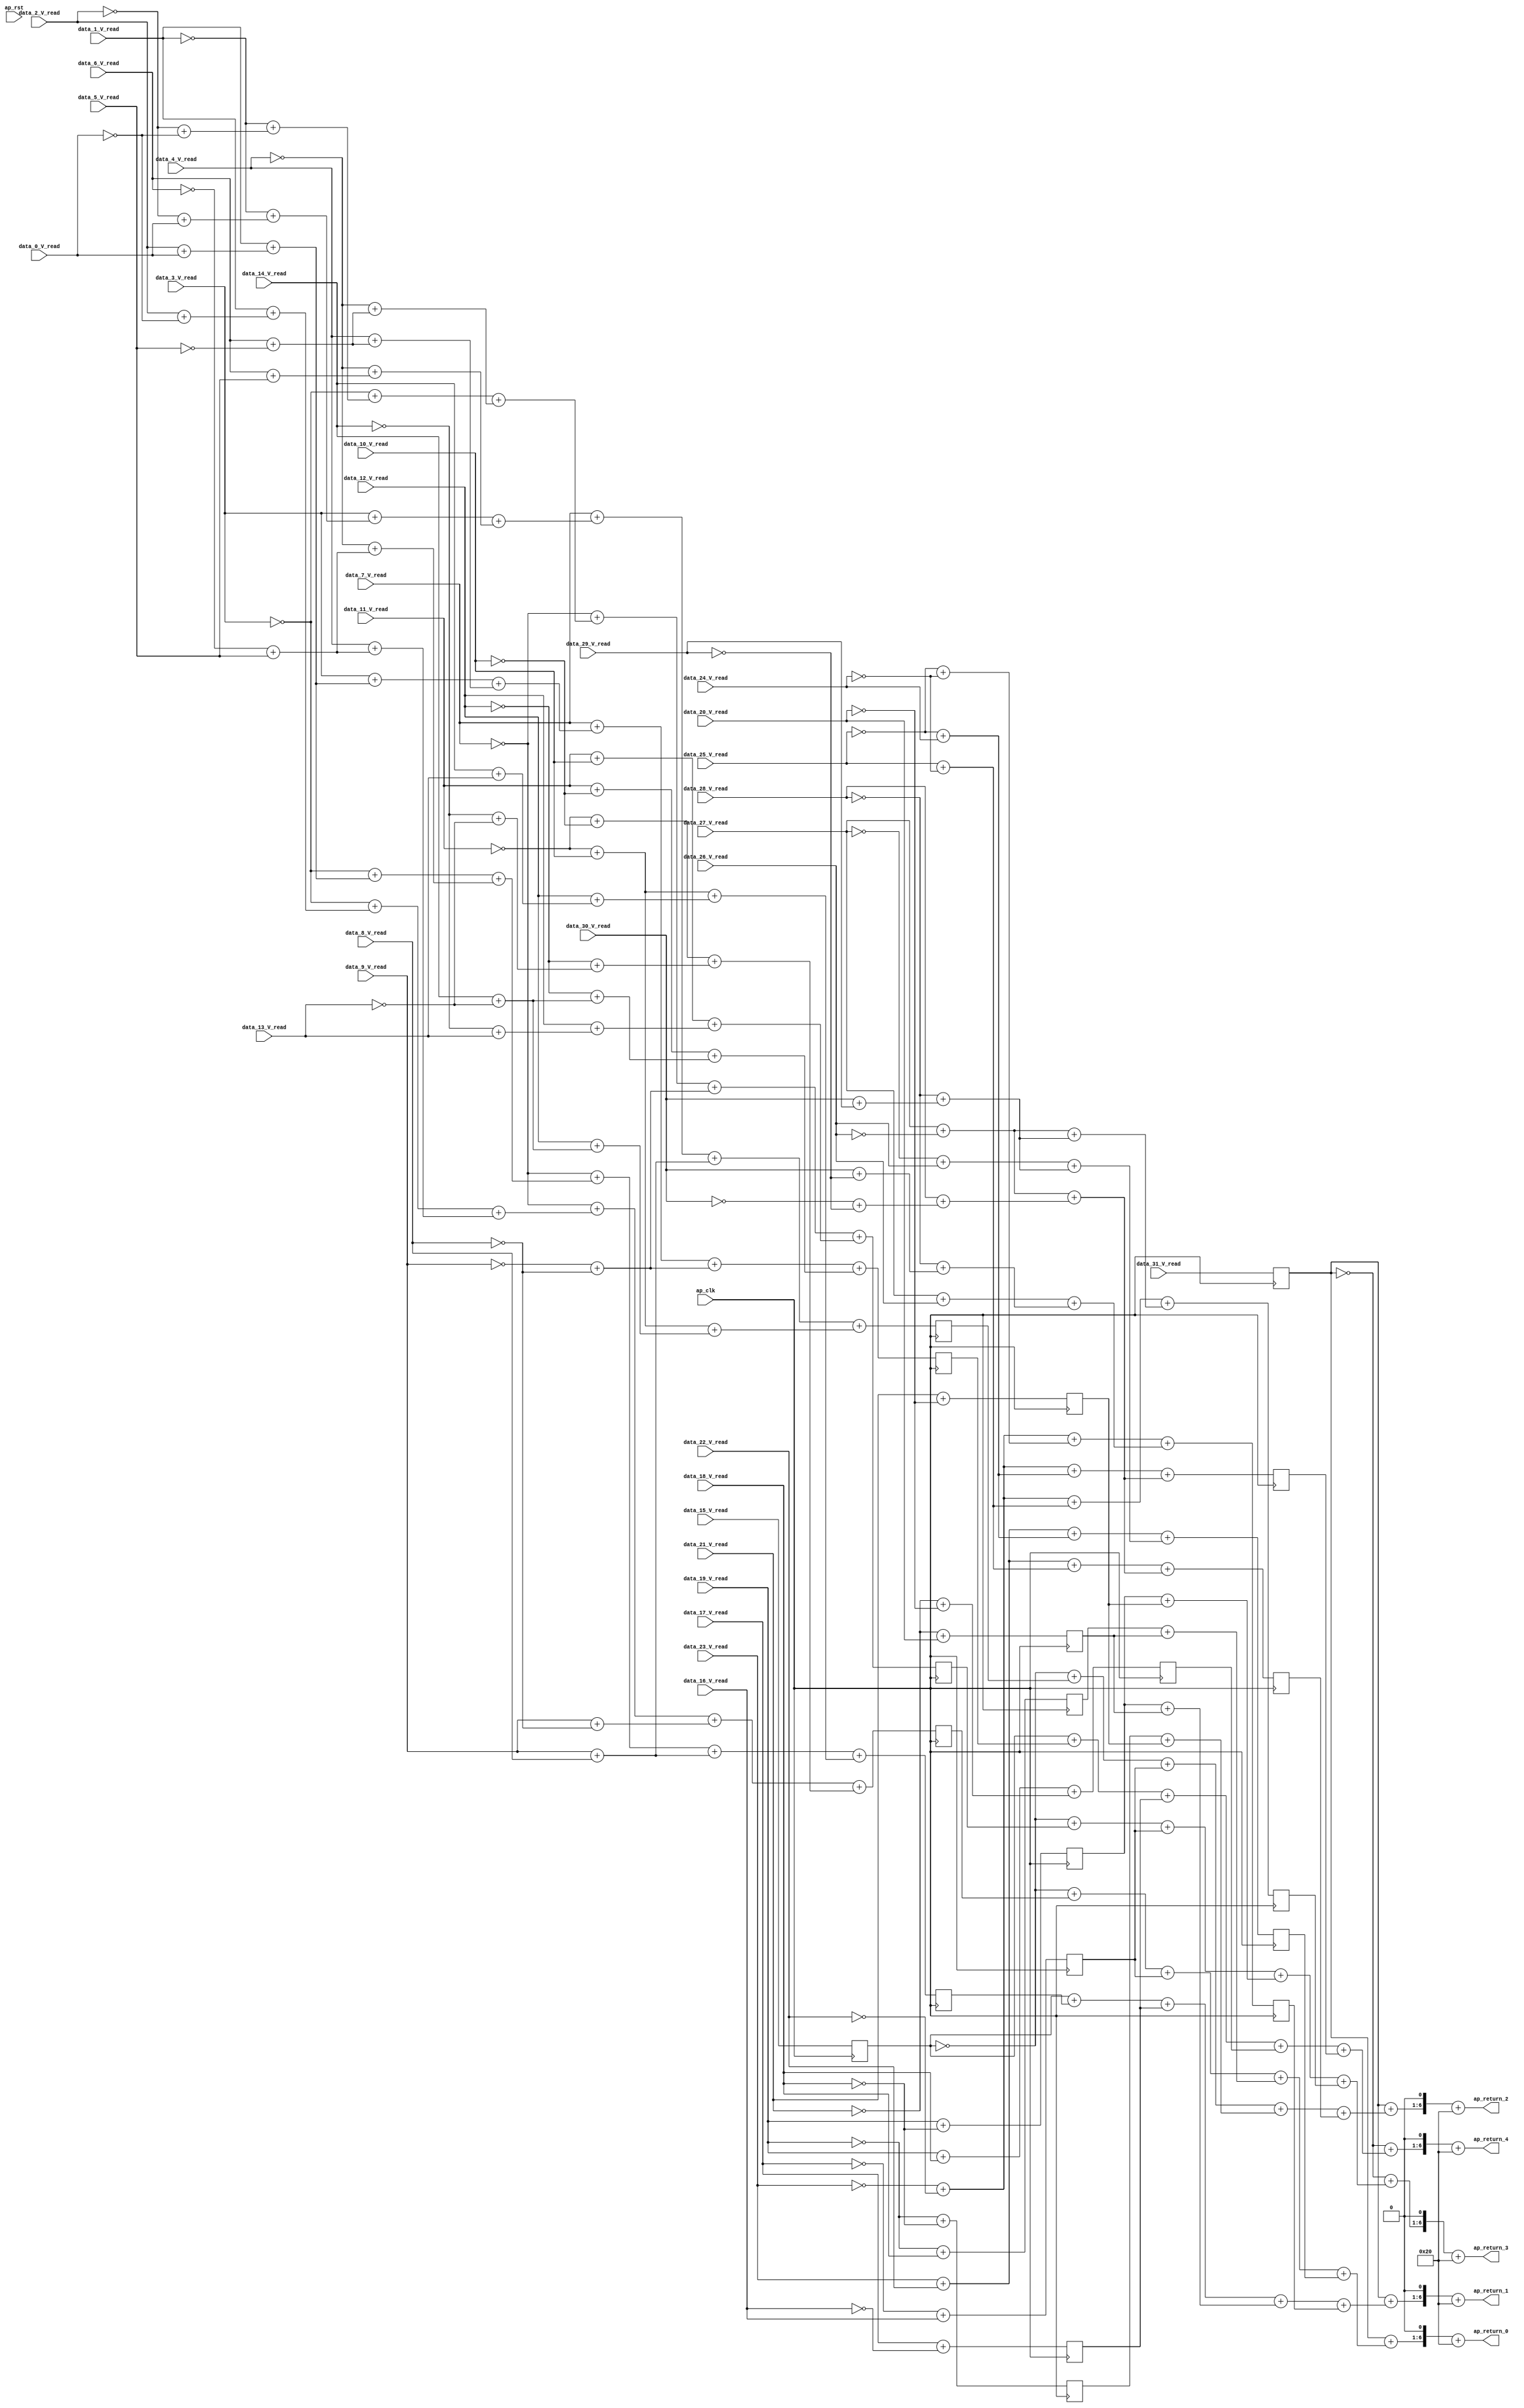
// ==============================================================
// RTL generated by Vivado(TM) HLS - High-Level Synthesis from C, C++ and SystemC
// Version: 2018.2
// Copyright (C) 1986-2018 Xilinx, Inc. All Rights Reserved.
// 
// ===========================================================

`timescale 1 ns / 1 ps 

module dense_wrapper_ap_uint_1_ap_int_7_config14_s (
        ap_clk,
        ap_rst,
        data_0_V_read,
        data_1_V_read,
        data_2_V_read,
        data_3_V_read,
        data_4_V_read,
        data_5_V_read,
        data_6_V_read,
        data_7_V_read,
        data_8_V_read,
        data_9_V_read,
        data_10_V_read,
        data_11_V_read,
        data_12_V_read,
        data_13_V_read,
        data_14_V_read,
        data_15_V_read,
        data_16_V_read,
        data_17_V_read,
        data_18_V_read,
        data_19_V_read,
        data_20_V_read,
        data_21_V_read,
        data_22_V_read,
        data_23_V_read,
        data_24_V_read,
        data_25_V_read,
        data_26_V_read,
        data_27_V_read,
        data_28_V_read,
        data_29_V_read,
        data_30_V_read,
        data_31_V_read,
        ap_return_0,
        ap_return_1,
        ap_return_2,
        ap_return_3,
        ap_return_4
);


input   ap_clk;
input   ap_rst;
input  [0:0] data_0_V_read;
input  [0:0] data_1_V_read;
input  [0:0] data_2_V_read;
input  [0:0] data_3_V_read;
input  [0:0] data_4_V_read;
input  [0:0] data_5_V_read;
input  [0:0] data_6_V_read;
input  [0:0] data_7_V_read;
input  [0:0] data_8_V_read;
input  [0:0] data_9_V_read;
input  [0:0] data_10_V_read;
input  [0:0] data_11_V_read;
input  [0:0] data_12_V_read;
input  [0:0] data_13_V_read;
input  [0:0] data_14_V_read;
input  [0:0] data_15_V_read;
input  [0:0] data_16_V_read;
input  [0:0] data_17_V_read;
input  [0:0] data_18_V_read;
input  [0:0] data_19_V_read;
input  [0:0] data_20_V_read;
input  [0:0] data_21_V_read;
input  [0:0] data_22_V_read;
input  [0:0] data_23_V_read;
input  [0:0] data_24_V_read;
input  [0:0] data_25_V_read;
input  [0:0] data_26_V_read;
input  [0:0] data_27_V_read;
input  [0:0] data_28_V_read;
input  [0:0] data_29_V_read;
input  [0:0] data_30_V_read;
input  [0:0] data_31_V_read;
output  [6:0] ap_return_0;
output  [6:0] ap_return_1;
output  [6:0] ap_return_2;
output  [6:0] ap_return_3;
output  [6:0] ap_return_4;

reg   [0:0] data_31_V_read_2_reg_1902;
wire    ap_block_state1_pp0_stage0_iter0;
wire    ap_block_state2_pp0_stage0_iter1;
wire    ap_block_pp0_stage0_11001;
reg   [0:0] data_15_V_read_2_reg_1908;
wire   [3:0] tmp_32_s_fu_972_p2;
reg   [3:0] tmp_32_s_reg_1914;
wire   [3:0] acc_1_V_9_fu_1036_p2;
reg   [3:0] acc_1_V_9_reg_1919;
wire   [3:0] acc_2_V_12_fu_1080_p2;
reg   [3:0] acc_2_V_12_reg_1924;
wire   [3:0] acc_3_V_13_fu_1144_p2;
reg   [3:0] acc_3_V_13_reg_1929;
wire   [3:0] acc_4_V_8_fu_1192_p2;
reg   [3:0] acc_4_V_8_reg_1934;
wire   [1:0] tmp58_fu_1198_p2;
reg   [1:0] tmp58_reg_1939;
wire   [1:0] tmp60_fu_1204_p2;
reg   [1:0] tmp60_reg_1944;
wire   [1:0] tmp61_fu_1210_p2;
reg   [1:0] tmp61_reg_1949;
wire   [3:0] tmp62_fu_1282_p2;
reg   [3:0] tmp62_reg_1954;
wire   [1:0] tmp73_fu_1288_p2;
reg   [1:0] tmp73_reg_1959;
wire   [1:0] tmp75_fu_1294_p2;
reg   [1:0] tmp75_reg_1964;
wire   [3:0] tmp77_fu_1366_p2;
reg   [3:0] tmp77_reg_1969;
wire   [1:0] tmp90_fu_1372_p2;
reg   [1:0] tmp90_reg_1974;
wire   [1:0] tmp91_fu_1378_p2;
reg   [1:0] tmp91_reg_1979;
wire   [3:0] tmp92_fu_1440_p2;
reg   [3:0] tmp92_reg_1984;
wire   [3:0] tmp107_fu_1466_p2;
reg   [3:0] tmp107_reg_1989;
wire   [2:0] tmp119_fu_1492_p2;
reg   [2:0] tmp119_reg_1994;
wire   [3:0] tmp122_fu_1508_p2;
reg   [3:0] tmp122_reg_1999;
wire    ap_block_pp0_stage0;
wire   [0:0] val_assign_fu_282_p2;
wire   [0:0] val_assign_1_2_fu_300_p2;
wire   [0:0] val_assign_2_2_fu_314_p2;
wire   [0:0] val_assign_3_fu_324_p2;
wire   [0:0] val_assign_4_1_fu_342_p2;
wire   [0:0] val_assign_5_3_fu_356_p2;
wire   [0:0] val_assign_6_fu_366_p2;
wire   [0:0] val_assign_7_fu_380_p2;
wire   [0:0] val_assign_8_fu_394_p2;
wire   [0:0] val_assign_9_3_fu_412_p2;
wire   [0:0] val_assign_10_fu_422_p2;
wire   [0:0] val_assign_11_fu_436_p2;
wire   [0:0] val_assign_12_fu_450_p2;
wire   [0:0] val_assign_13_fu_464_p2;
wire   [0:0] val_assign_14_fu_478_p2;
wire   [0:0] val_assign_16_1_fu_496_p2;
wire   [0:0] val_assign_17_fu_506_p2;
wire   [0:0] val_assign_18_1_fu_524_p2;
wire   [0:0] val_assign_19_fu_534_p2;
wire   [0:0] val_assign_20_2_fu_552_p2;
wire   [0:0] val_assign_21_fu_562_p2;
wire   [0:0] val_assign_22_1_fu_580_p2;
wire   [0:0] val_assign_23_1_fu_594_p2;
wire   [0:0] val_assign_24_1_fu_608_p2;
wire   [0:0] val_assign_25_fu_618_p2;
wire   [0:0] val_assign_26_2_fu_636_p2;
wire   [0:0] val_assign_27_fu_646_p2;
wire   [0:0] val_assign_28_fu_660_p2;
wire   [0:0] val_assign_29_1_fu_678_p2;
wire   [0:0] val_assign_30_2_fu_692_p2;
wire   [1:0] tmp_24_2_cast_fu_310_p1;
wire   [1:0] acc_3_V_cast_fu_288_p1;
wire   [1:0] tmp_24_1_cast_fu_296_p1;
wire   [1:0] tmp1_fu_702_p2;
wire   [1:0] tmp_32_2_fu_708_p2;
wire   [1:0] tmp_24_0_1_cast_fu_292_p1;
wire   [1:0] tmp2_fu_718_p2;
wire   [1:0] acc_1_V_17_fu_724_p2;
wire   [1:0] tmp_24_2_2_cast_fu_320_p1;
wire   [1:0] tmp_24_1_2_cast_fu_306_p1;
wire   [1:0] tmp3_fu_734_p2;
wire   [1:0] acc_2_V_fu_740_p2;
wire   [1:0] tmp4_fu_750_p2;
wire   [1:0] acc_3_V_fu_756_p2;
wire   [2:0] tmp_24_3_cast_fu_330_p1;
wire   [2:0] tmp_32_2_cast_fu_714_p1;
wire   [1:0] tmp_24_6_cast_cast_fu_372_p1;
wire   [1:0] tmp_24_5_cast_cast_fu_352_p1;
wire   [1:0] tmp_24_4_cast_cast_fu_338_p1;
wire   [1:0] tmp7_fu_772_p2;
wire   [1:0] tmp6_fu_778_p2;
wire   [2:0] tmp5_fu_766_p2;
wire   [2:0] tmp6_cast_fu_784_p1;
wire   [2:0] tmp_32_6_fu_788_p2;
wire   [2:0] acc_1_V_92_cast_fu_730_p1;
wire   [1:0] tmp_24_4_1_cast_cast_fu_348_p1;
wire   [1:0] tmp9_fu_804_p2;
wire   [2:0] tmp8_fu_798_p2;
wire   [2:0] tmp9_cast_fu_810_p1;
wire   [2:0] acc_1_V_fu_814_p2;
wire   [2:0] tmp_24_3_2_cast_fu_334_p1;
wire   [2:0] acc_2_V_63_cast_fu_746_p1;
wire   [1:0] tmp_24_6_2_cast_cast_fu_376_p1;
wire   [1:0] tmp13_fu_830_p2;
wire   [1:0] tmp12_fu_836_p2;
wire   [2:0] tmp11_fu_824_p2;
wire   [2:0] tmp12_cast_fu_842_p1;
wire   [2:0] acc_2_V_11_fu_846_p2;
wire   [2:0] acc_3_V_63_cast_fu_762_p1;
wire   [1:0] tmp_24_5_3_cast_cast_fu_362_p1;
wire   [1:0] tmp16_fu_862_p2;
wire   [1:0] tmp15_fu_868_p2;
wire   [2:0] tmp14_fu_856_p2;
wire   [2:0] tmp15_cast_fu_874_p1;
wire   [2:0] acc_3_V_12_fu_878_p2;
wire   [1:0] tmp18_fu_894_p2;
wire   [2:0] tmp17_fu_888_p2;
wire   [2:0] tmp18_cast_fu_900_p1;
wire   [2:0] acc_4_V_7_fu_904_p2;
wire   [3:0] tmp_24_7_cast_fu_386_p1;
wire   [3:0] tmp_32_6_cast_fu_794_p1;
wire   [1:0] tmp_24_9_cast_cast_fu_408_p1;
wire   [1:0] tmp_24_8_cast_cast_fu_400_p1;
wire   [1:0] tmp22_fu_920_p2;
wire   [3:0] tmp21_fu_914_p2;
wire   [3:0] tmp22_cast_fu_926_p1;
wire   [1:0] tmp_24_11_cast_cast_fu_442_p1;
wire   [1:0] tmp_24_10_cast_cast_fu_428_p1;
wire   [1:0] tmp24_fu_936_p2;
wire   [1:0] tmp_24_14_cast_cast_fu_484_p1;
wire   [1:0] tmp_24_13_cast_cast_fu_470_p1;
wire   [1:0] tmp_24_12_cast_cast_fu_456_p1;
wire   [1:0] tmp26_fu_946_p2;
wire   [1:0] tmp25_fu_952_p2;
wire   [2:0] tmp24_cast_fu_942_p1;
wire   [2:0] tmp25_cast_fu_958_p1;
wire   [2:0] tmp23_fu_962_p2;
wire   [3:0] tmp20_fu_930_p2;
wire   [3:0] tmp23_cast_fu_968_p1;
wire   [3:0] acc_1_V_65_cast_fu_820_p1;
wire   [1:0] tmp_24_8_1_cast_cast_fu_404_p1;
wire   [1:0] tmp29_fu_984_p2;
wire   [3:0] tmp28_fu_978_p2;
wire   [3:0] tmp29_cast_fu_990_p1;
wire   [1:0] tmp_24_10_1_cast_cast_fu_432_p1;
wire   [1:0] tmp31_fu_1000_p2;
wire   [1:0] tmp_24_14_1_cast_cast_fu_488_p1;
wire   [1:0] tmp_24_13_1_cast_cast_fu_474_p1;
wire   [1:0] tmp_24_12_1_cast_cast_fu_460_p1;
wire   [1:0] tmp33_fu_1010_p2;
wire   [1:0] tmp32_fu_1016_p2;
wire   [2:0] tmp31_cast_fu_1006_p1;
wire   [2:0] tmp32_cast_fu_1022_p1;
wire   [2:0] tmp30_fu_1026_p2;
wire   [3:0] tmp27_fu_994_p2;
wire   [3:0] tmp30_cast_fu_1032_p1;
wire   [3:0] tmp_24_7_2_cast_fu_390_p1;
wire   [3:0] acc_2_V_67_cast_fu_852_p1;
wire   [3:0] tmp35_fu_1042_p2;
wire   [1:0] tmp40_fu_1054_p2;
wire   [1:0] tmp39_fu_1060_p2;
wire   [2:0] tmp39_cast_fu_1066_p1;
wire   [2:0] tmp37_fu_1070_p2;
wire   [3:0] tmp34_fu_1048_p2;
wire   [3:0] tmp37_cast_fu_1076_p1;
wire   [3:0] acc_3_V_67_cast_fu_884_p1;
wire   [1:0] tmp_24_9_3_cast_cast_fu_418_p1;
wire   [1:0] tmp43_fu_1092_p2;
wire   [3:0] tmp42_fu_1086_p2;
wire   [3:0] tmp43_cast_fu_1098_p1;
wire   [1:0] tmp_24_11_3_cast_cast_fu_446_p1;
wire   [1:0] tmp45_fu_1108_p2;
wire   [1:0] tmp47_fu_1118_p2;
wire   [1:0] tmp46_fu_1124_p2;
wire   [2:0] tmp45_cast_fu_1114_p1;
wire   [2:0] tmp46_cast_fu_1130_p1;
wire   [2:0] tmp44_fu_1134_p2;
wire   [3:0] tmp41_fu_1102_p2;
wire   [3:0] tmp44_cast_fu_1140_p1;
wire   [3:0] acc_4_V_67_cast_fu_910_p1;
wire   [3:0] tmp49_fu_1150_p2;
wire   [1:0] tmp52_fu_1162_p2;
wire   [1:0] tmp53_fu_1172_p2;
wire   [2:0] tmp52_cast_fu_1168_p1;
wire   [2:0] tmp53_cast_fu_1178_p1;
wire   [2:0] tmp51_fu_1182_p2;
wire   [3:0] tmp48_fu_1156_p2;
wire   [3:0] tmp51_cast_fu_1188_p1;
wire   [1:0] tmp_24_17_cast_cast_fu_512_p1;
wire   [1:0] tmp_24_16_cast_cast_fu_492_p1;
wire   [1:0] tmp_24_19_cast_cast_fu_540_p1;
wire   [1:0] tmp_24_18_cast_cast_fu_520_p1;
wire   [1:0] tmp_24_21_cast_cast_fu_568_p1;
wire   [1:0] tmp_24_20_cast_cast_fu_548_p1;
wire   [1:0] tmp_24_23_cast_cast_fu_590_p1;
wire   [1:0] tmp_24_22_cast_cast_fu_576_p1;
wire   [1:0] tmp64_fu_1216_p2;
wire   [1:0] tmp_24_25_cast_cast_fu_624_p1;
wire   [1:0] tmp_24_24_cast_cast_fu_604_p1;
wire   [1:0] tmp65_fu_1226_p2;
wire   [2:0] tmp64_cast_fu_1222_p1;
wire   [2:0] tmp65_cast_fu_1232_p1;
wire   [2:0] tmp63_fu_1236_p2;
wire   [1:0] tmp_24_27_cast_cast_fu_652_p1;
wire   [1:0] tmp_24_26_cast_cast_fu_632_p1;
wire   [1:0] tmp67_fu_1246_p2;
wire   [1:0] tmp_24_30_cast_cast_fu_688_p1;
wire   [1:0] tmp_24_29_cast_cast_fu_674_p1;
wire   [1:0] tmp_24_28_cast_cast_fu_666_p1;
wire   [1:0] tmp69_fu_1256_p2;
wire   [1:0] tmp68_fu_1262_p2;
wire   [2:0] tmp67_cast_fu_1252_p1;
wire   [2:0] tmp68_cast_fu_1268_p1;
wire   [2:0] tmp66_fu_1272_p2;
wire   [3:0] tmp63_cast_fu_1242_p1;
wire   [3:0] tmp66_cast_fu_1278_p1;
wire   [1:0] tmp_24_17_1_cast_cast_fu_516_p1;
wire   [1:0] tmp_24_16_1_cast_cast_fu_502_p1;
wire   [1:0] tmp_24_19_1_cast_cast_fu_544_p1;
wire   [1:0] tmp_24_18_1_cast_cast_fu_530_p1;
wire   [1:0] tmp_24_23_1_cast_cast_fu_600_p1;
wire   [1:0] tmp_24_22_1_cast_cast_fu_586_p1;
wire   [1:0] tmp79_fu_1300_p2;
wire   [1:0] tmp_24_24_1_cast_cast_fu_614_p1;
wire   [1:0] tmp80_fu_1310_p2;
wire   [2:0] tmp79_cast_fu_1306_p1;
wire   [2:0] tmp80_cast_fu_1316_p1;
wire   [2:0] tmp78_fu_1320_p2;
wire   [1:0] tmp_24_27_1_cast_cast_fu_656_p1;
wire   [1:0] tmp82_fu_1330_p2;
wire   [1:0] tmp_24_29_1_cast_cast_fu_684_p1;
wire   [1:0] tmp84_fu_1340_p2;
wire   [1:0] tmp83_fu_1346_p2;
wire   [2:0] tmp82_cast_fu_1336_p1;
wire   [2:0] tmp83_cast_fu_1352_p1;
wire   [2:0] tmp81_fu_1356_p2;
wire   [3:0] tmp78_cast_fu_1326_p1;
wire   [3:0] tmp81_cast_fu_1362_p1;
wire   [1:0] tmp_24_21_2_cast_cast_fu_572_p1;
wire   [1:0] tmp_24_20_2_cast_cast_fu_558_p1;
wire   [1:0] tmp_24_25_2_cast_cast_fu_628_p1;
wire   [1:0] tmp95_fu_1384_p2;
wire   [2:0] tmp95_cast_fu_1390_p1;
wire   [2:0] tmp93_fu_1394_p2;
wire   [1:0] tmp_24_26_2_cast_cast_fu_642_p1;
wire   [1:0] tmp97_fu_1404_p2;
wire   [1:0] tmp_24_30_2_cast_cast_fu_698_p1;
wire   [1:0] tmp_24_28_2_cast_cast_fu_670_p1;
wire   [1:0] tmp99_fu_1414_p2;
wire   [1:0] tmp98_fu_1420_p2;
wire   [2:0] tmp97_cast_fu_1410_p1;
wire   [2:0] tmp98_cast_fu_1426_p1;
wire   [2:0] tmp96_fu_1430_p2;
wire   [3:0] tmp93_cast_fu_1400_p1;
wire   [3:0] tmp96_cast_fu_1436_p1;
wire   [2:0] tmp108_fu_1446_p2;
wire   [2:0] tmp111_fu_1456_p2;
wire   [3:0] tmp108_cast_fu_1452_p1;
wire   [3:0] tmp111_cast_fu_1462_p1;
wire   [1:0] tmp120_fu_1472_p2;
wire   [1:0] tmp121_fu_1482_p2;
wire   [2:0] tmp120_cast_fu_1478_p1;
wire   [2:0] tmp121_cast_fu_1488_p1;
wire   [2:0] tmp123_fu_1498_p2;
wire   [3:0] tmp123_cast_fu_1504_p1;
wire   [0:0] val_assign_15_fu_1514_p2;
wire   [0:0] val_assign_31_3_fu_1529_p2;
wire   [4:0] tmp_24_15_cast_fu_1519_p1;
wire   [4:0] tmp_32_14_cast_fu_1538_p1;
wire   [4:0] tmp57_fu_1553_p2;
wire   [4:0] tmp58_cast_fu_1559_p1;
wire   [2:0] tmp60_cast_fu_1568_p1;
wire   [2:0] tmp61_cast_fu_1571_p1;
wire   [2:0] tmp59_fu_1574_p2;
wire   [4:0] tmp56_fu_1562_p2;
wire   [4:0] tmp59_cast_fu_1580_p1;
wire   [4:0] tmp55_fu_1584_p2;
wire   [4:0] tmp62_cast_fu_1590_p1;
wire   [4:0] tmp_32_1_fu_1593_p2;
wire   [4:0] tmp_24_15_1_cast_fu_1523_p1;
wire   [4:0] acc_1_V_73_cast_fu_1541_p1;
wire   [4:0] tmp72_fu_1603_p2;
wire   [4:0] tmp73_cast_fu_1609_p1;
wire   [2:0] tmp75_cast_fu_1618_p1;
wire   [2:0] tmp74_fu_1621_p2;
wire   [4:0] tmp71_fu_1612_p2;
wire   [4:0] tmp74_cast_fu_1627_p1;
wire   [4:0] tmp70_fu_1631_p2;
wire   [4:0] tmp77_cast_fu_1637_p1;
wire   [4:0] acc_1_V_15_fu_1640_p2;
wire   [4:0] acc_2_V_75_cast_fu_1544_p1;
wire   [4:0] tmp87_fu_1650_p2;
wire   [2:0] tmp90_cast_fu_1662_p1;
wire   [2:0] tmp91_cast_fu_1665_p1;
wire   [2:0] tmp89_fu_1668_p2;
wire   [4:0] tmp86_fu_1656_p2;
wire   [4:0] tmp89_cast_fu_1674_p1;
wire   [4:0] tmp85_fu_1678_p2;
wire   [4:0] tmp92_cast_fu_1684_p1;
wire   [4:0] acc_2_V_13_fu_1687_p2;
wire   [4:0] acc_3_V_75_cast_fu_1547_p1;
wire   [4:0] tmp102_fu_1697_p2;
wire   [2:0] tmp104_fu_1709_p2;
wire   [4:0] tmp101_fu_1703_p2;
wire   [4:0] tmp104_cast_fu_1715_p1;
wire   [4:0] tmp100_fu_1719_p2;
wire   [4:0] tmp107_cast_fu_1725_p1;
wire   [4:0] acc_3_V_14_fu_1728_p2;
wire   [4:0] acc_4_V_75_cast_fu_1550_p1;
wire   [4:0] tmp117_fu_1738_p2;
wire   [4:0] tmp116_fu_1744_p2;
wire   [4:0] tmp119_cast_fu_1750_p1;
wire   [4:0] tmp115_fu_1753_p2;
wire   [4:0] tmp122_cast_fu_1759_p1;
wire   [4:0] acc_4_V_9_fu_1762_p2;
wire   [5:0] tmp_24_31_cast_fu_1526_p1;
wire   [5:0] tmp_32_30_cast_fu_1599_p1;
wire   [5:0] acc_1_V_89_cast_fu_1646_p1;
wire   [5:0] acc_2_V_91_cast_fu_1693_p1;
wire   [5:0] tmp_24_31_3_cast_fu_1534_p1;
wire   [5:0] acc_3_V_91_cast_fu_1734_p1;
wire   [5:0] acc_4_V_91_cast_fu_1768_p1;
wire   [5:0] tmp_32_3_fu_1772_p2;
wire   [6:0] tmp_i_fu_1802_p3;
wire   [5:0] acc_1_V_16_fu_1778_p2;
wire   [6:0] tmp_i1_fu_1816_p3;
wire   [5:0] acc_2_V_14_fu_1784_p2;
wire   [6:0] tmp_i3_fu_1830_p3;
wire   [5:0] acc_3_V_15_fu_1790_p2;
wire   [6:0] tmp_i5_fu_1844_p3;
wire   [5:0] acc_4_V_10_fu_1796_p2;
wire   [6:0] tmp_i7_fu_1858_p3;
wire   [6:0] res_0_V_write_assign_fu_1810_p2;
wire   [6:0] res_1_V_write_assign_fu_1824_p2;
wire   [6:0] res_2_V_write_assign_fu_1838_p2;
wire   [6:0] res_3_V_write_assign_fu_1852_p2;
wire   [6:0] res_4_V_write_assign_fu_1866_p2;

always @ (posedge ap_clk) begin
    if ((1'b0 == ap_block_pp0_stage0_11001)) begin
        acc_1_V_9_reg_1919 <= acc_1_V_9_fu_1036_p2;
        acc_2_V_12_reg_1924 <= acc_2_V_12_fu_1080_p2;
        acc_3_V_13_reg_1929 <= acc_3_V_13_fu_1144_p2;
        acc_4_V_8_reg_1934 <= acc_4_V_8_fu_1192_p2;
        data_15_V_read_2_reg_1908 <= data_15_V_read;
        data_31_V_read_2_reg_1902 <= data_31_V_read;
        tmp107_reg_1989 <= tmp107_fu_1466_p2;
        tmp119_reg_1994 <= tmp119_fu_1492_p2;
        tmp122_reg_1999 <= tmp122_fu_1508_p2;
        tmp58_reg_1939 <= tmp58_fu_1198_p2;
        tmp60_reg_1944 <= tmp60_fu_1204_p2;
        tmp61_reg_1949 <= tmp61_fu_1210_p2;
        tmp62_reg_1954 <= tmp62_fu_1282_p2;
        tmp73_reg_1959 <= tmp73_fu_1288_p2;
        tmp75_reg_1964 <= tmp75_fu_1294_p2;
        tmp77_reg_1969 <= tmp77_fu_1366_p2;
        tmp90_reg_1974 <= tmp90_fu_1372_p2;
        tmp91_reg_1979 <= tmp91_fu_1378_p2;
        tmp92_reg_1984 <= tmp92_fu_1440_p2;
        tmp_32_s_reg_1914 <= tmp_32_s_fu_972_p2;
    end
end

assign acc_1_V_15_fu_1640_p2 = (tmp70_fu_1631_p2 + tmp77_cast_fu_1637_p1);

assign acc_1_V_16_fu_1778_p2 = (tmp_24_31_cast_fu_1526_p1 + acc_1_V_89_cast_fu_1646_p1);

assign acc_1_V_17_fu_724_p2 = (tmp_24_1_cast_fu_296_p1 + tmp2_fu_718_p2);

assign acc_1_V_65_cast_fu_820_p1 = acc_1_V_fu_814_p2;

assign acc_1_V_73_cast_fu_1541_p1 = acc_1_V_9_reg_1919;

assign acc_1_V_89_cast_fu_1646_p1 = acc_1_V_15_fu_1640_p2;

assign acc_1_V_92_cast_fu_730_p1 = acc_1_V_17_fu_724_p2;

assign acc_1_V_9_fu_1036_p2 = (tmp27_fu_994_p2 + tmp30_cast_fu_1032_p1);

assign acc_1_V_fu_814_p2 = (tmp8_fu_798_p2 + tmp9_cast_fu_810_p1);

assign acc_2_V_11_fu_846_p2 = (tmp11_fu_824_p2 + tmp12_cast_fu_842_p1);

assign acc_2_V_12_fu_1080_p2 = (tmp34_fu_1048_p2 + tmp37_cast_fu_1076_p1);

assign acc_2_V_13_fu_1687_p2 = (tmp85_fu_1678_p2 + tmp92_cast_fu_1684_p1);

assign acc_2_V_14_fu_1784_p2 = (tmp_24_31_cast_fu_1526_p1 + acc_2_V_91_cast_fu_1693_p1);

assign acc_2_V_63_cast_fu_746_p1 = acc_2_V_fu_740_p2;

assign acc_2_V_67_cast_fu_852_p1 = acc_2_V_11_fu_846_p2;

assign acc_2_V_75_cast_fu_1544_p1 = acc_2_V_12_reg_1924;

assign acc_2_V_91_cast_fu_1693_p1 = acc_2_V_13_fu_1687_p2;

assign acc_2_V_fu_740_p2 = (tmp_24_1_2_cast_fu_306_p1 + tmp3_fu_734_p2);

assign acc_3_V_12_fu_878_p2 = (tmp14_fu_856_p2 + tmp15_cast_fu_874_p1);

assign acc_3_V_13_fu_1144_p2 = (tmp41_fu_1102_p2 + tmp44_cast_fu_1140_p1);

assign acc_3_V_14_fu_1728_p2 = (tmp100_fu_1719_p2 + tmp107_cast_fu_1725_p1);

assign acc_3_V_15_fu_1790_p2 = (tmp_24_31_3_cast_fu_1534_p1 + acc_3_V_91_cast_fu_1734_p1);

assign acc_3_V_63_cast_fu_762_p1 = acc_3_V_fu_756_p2;

assign acc_3_V_67_cast_fu_884_p1 = acc_3_V_12_fu_878_p2;

assign acc_3_V_75_cast_fu_1547_p1 = acc_3_V_13_reg_1929;

assign acc_3_V_91_cast_fu_1734_p1 = acc_3_V_14_fu_1728_p2;

assign acc_3_V_cast_fu_288_p1 = val_assign_fu_282_p2;

assign acc_3_V_fu_756_p2 = (tmp_24_1_2_cast_fu_306_p1 + tmp4_fu_750_p2);

assign acc_4_V_10_fu_1796_p2 = (tmp_24_31_3_cast_fu_1534_p1 + acc_4_V_91_cast_fu_1768_p1);

assign acc_4_V_67_cast_fu_910_p1 = acc_4_V_7_fu_904_p2;

assign acc_4_V_75_cast_fu_1550_p1 = acc_4_V_8_reg_1934;

assign acc_4_V_7_fu_904_p2 = (tmp17_fu_888_p2 + tmp18_cast_fu_900_p1);

assign acc_4_V_8_fu_1192_p2 = (tmp48_fu_1156_p2 + tmp51_cast_fu_1188_p1);

assign acc_4_V_91_cast_fu_1768_p1 = acc_4_V_9_fu_1762_p2;

assign acc_4_V_9_fu_1762_p2 = (tmp115_fu_1753_p2 + tmp122_cast_fu_1759_p1);

assign ap_block_pp0_stage0 = ~(1'b1 == 1'b1);

assign ap_block_pp0_stage0_11001 = ~(1'b1 == 1'b1);

assign ap_block_state1_pp0_stage0_iter0 = ~(1'b1 == 1'b1);

assign ap_block_state2_pp0_stage0_iter1 = ~(1'b1 == 1'b1);

assign ap_return_0 = res_0_V_write_assign_fu_1810_p2;

assign ap_return_1 = res_1_V_write_assign_fu_1824_p2;

assign ap_return_2 = res_2_V_write_assign_fu_1838_p2;

assign ap_return_3 = res_3_V_write_assign_fu_1852_p2;

assign ap_return_4 = res_4_V_write_assign_fu_1866_p2;

assign res_0_V_write_assign_fu_1810_p2 = ($signed(tmp_i_fu_1802_p3) + $signed(7'd96));

assign res_1_V_write_assign_fu_1824_p2 = ($signed(tmp_i1_fu_1816_p3) + $signed(7'd96));

assign res_2_V_write_assign_fu_1838_p2 = ($signed(tmp_i3_fu_1830_p3) + $signed(7'd96));

assign res_3_V_write_assign_fu_1852_p2 = ($signed(tmp_i5_fu_1844_p3) + $signed(7'd96));

assign res_4_V_write_assign_fu_1866_p2 = ($signed(tmp_i7_fu_1858_p3) + $signed(7'd96));

assign tmp100_fu_1719_p2 = (tmp101_fu_1703_p2 + tmp104_cast_fu_1715_p1);

assign tmp101_fu_1703_p2 = (tmp102_fu_1697_p2 + tmp58_cast_fu_1559_p1);

assign tmp102_fu_1697_p2 = (tmp_24_15_cast_fu_1519_p1 + acc_3_V_75_cast_fu_1547_p1);

assign tmp104_cast_fu_1715_p1 = tmp104_fu_1709_p2;

assign tmp104_fu_1709_p2 = (tmp75_cast_fu_1618_p1 + tmp91_cast_fu_1665_p1);

assign tmp107_cast_fu_1725_p1 = tmp107_reg_1989;

assign tmp107_fu_1466_p2 = (tmp108_cast_fu_1452_p1 + tmp111_cast_fu_1462_p1);

assign tmp108_cast_fu_1452_p1 = tmp108_fu_1446_p2;

assign tmp108_fu_1446_p2 = (tmp79_cast_fu_1306_p1 + tmp95_cast_fu_1390_p1);

assign tmp111_cast_fu_1462_p1 = tmp111_fu_1456_p2;

assign tmp111_fu_1456_p2 = (tmp97_cast_fu_1410_p1 + tmp68_cast_fu_1268_p1);

assign tmp115_fu_1753_p2 = (tmp116_fu_1744_p2 + tmp119_cast_fu_1750_p1);

assign tmp116_fu_1744_p2 = (tmp117_fu_1738_p2 + tmp73_cast_fu_1609_p1);

assign tmp117_fu_1738_p2 = (tmp_24_15_1_cast_fu_1523_p1 + acc_4_V_75_cast_fu_1550_p1);

assign tmp119_cast_fu_1750_p1 = tmp119_reg_1994;

assign tmp119_fu_1492_p2 = (tmp120_cast_fu_1478_p1 + tmp121_cast_fu_1488_p1);

assign tmp11_fu_824_p2 = (tmp_24_3_2_cast_fu_334_p1 + acc_2_V_63_cast_fu_746_p1);

assign tmp120_cast_fu_1478_p1 = tmp120_fu_1472_p2;

assign tmp120_fu_1472_p2 = (tmp_24_19_1_cast_cast_fu_544_p1 + tmp_24_18_cast_cast_fu_520_p1);

assign tmp121_cast_fu_1488_p1 = tmp121_fu_1482_p2;

assign tmp121_fu_1482_p2 = (tmp_24_21_cast_cast_fu_568_p1 + tmp_24_20_2_cast_cast_fu_558_p1);

assign tmp122_cast_fu_1759_p1 = tmp122_reg_1999;

assign tmp122_fu_1508_p2 = (tmp123_cast_fu_1504_p1 + tmp96_cast_fu_1436_p1);

assign tmp123_cast_fu_1504_p1 = tmp123_fu_1498_p2;

assign tmp123_fu_1498_p2 = (tmp79_cast_fu_1306_p1 + tmp65_cast_fu_1232_p1);

assign tmp12_cast_fu_842_p1 = tmp12_fu_836_p2;

assign tmp12_fu_836_p2 = (tmp_24_4_1_cast_cast_fu_348_p1 + tmp13_fu_830_p2);

assign tmp13_fu_830_p2 = (tmp_24_6_2_cast_cast_fu_376_p1 + tmp_24_5_cast_cast_fu_352_p1);

assign tmp14_fu_856_p2 = (tmp_24_3_cast_fu_330_p1 + acc_3_V_63_cast_fu_762_p1);

assign tmp15_cast_fu_874_p1 = tmp15_fu_868_p2;

assign tmp15_fu_868_p2 = (tmp_24_4_1_cast_cast_fu_348_p1 + tmp16_fu_862_p2);

assign tmp16_fu_862_p2 = (tmp_24_6_2_cast_cast_fu_376_p1 + tmp_24_5_3_cast_cast_fu_362_p1);

assign tmp17_fu_888_p2 = (tmp_24_3_2_cast_fu_334_p1 + acc_1_V_92_cast_fu_730_p1);

assign tmp18_cast_fu_900_p1 = tmp18_fu_894_p2;

assign tmp18_fu_894_p2 = (tmp_24_4_cast_cast_fu_338_p1 + tmp16_fu_862_p2);

assign tmp1_fu_702_p2 = (tmp_24_2_cast_fu_310_p1 + acc_3_V_cast_fu_288_p1);

assign tmp20_fu_930_p2 = (tmp21_fu_914_p2 + tmp22_cast_fu_926_p1);

assign tmp21_fu_914_p2 = (tmp_24_7_cast_fu_386_p1 + tmp_32_6_cast_fu_794_p1);

assign tmp22_cast_fu_926_p1 = tmp22_fu_920_p2;

assign tmp22_fu_920_p2 = (tmp_24_9_cast_cast_fu_408_p1 + tmp_24_8_cast_cast_fu_400_p1);

assign tmp23_cast_fu_968_p1 = tmp23_fu_962_p2;

assign tmp23_fu_962_p2 = (tmp24_cast_fu_942_p1 + tmp25_cast_fu_958_p1);

assign tmp24_cast_fu_942_p1 = tmp24_fu_936_p2;

assign tmp24_fu_936_p2 = (tmp_24_11_cast_cast_fu_442_p1 + tmp_24_10_cast_cast_fu_428_p1);

assign tmp25_cast_fu_958_p1 = tmp25_fu_952_p2;

assign tmp25_fu_952_p2 = (tmp_24_12_cast_cast_fu_456_p1 + tmp26_fu_946_p2);

assign tmp26_fu_946_p2 = (tmp_24_14_cast_cast_fu_484_p1 + tmp_24_13_cast_cast_fu_470_p1);

assign tmp27_fu_994_p2 = (tmp28_fu_978_p2 + tmp29_cast_fu_990_p1);

assign tmp28_fu_978_p2 = (tmp_24_7_cast_fu_386_p1 + acc_1_V_65_cast_fu_820_p1);

assign tmp29_cast_fu_990_p1 = tmp29_fu_984_p2;

assign tmp29_fu_984_p2 = (tmp_24_9_cast_cast_fu_408_p1 + tmp_24_8_1_cast_cast_fu_404_p1);

assign tmp2_fu_718_p2 = (tmp_24_2_cast_fu_310_p1 + tmp_24_0_1_cast_fu_292_p1);

assign tmp30_cast_fu_1032_p1 = tmp30_fu_1026_p2;

assign tmp30_fu_1026_p2 = (tmp31_cast_fu_1006_p1 + tmp32_cast_fu_1022_p1);

assign tmp31_cast_fu_1006_p1 = tmp31_fu_1000_p2;

assign tmp31_fu_1000_p2 = (tmp_24_11_cast_cast_fu_442_p1 + tmp_24_10_1_cast_cast_fu_432_p1);

assign tmp32_cast_fu_1022_p1 = tmp32_fu_1016_p2;

assign tmp32_fu_1016_p2 = (tmp_24_12_1_cast_cast_fu_460_p1 + tmp33_fu_1010_p2);

assign tmp33_fu_1010_p2 = (tmp_24_14_1_cast_cast_fu_488_p1 + tmp_24_13_1_cast_cast_fu_474_p1);

assign tmp34_fu_1048_p2 = (tmp35_fu_1042_p2 + tmp29_cast_fu_990_p1);

assign tmp35_fu_1042_p2 = (tmp_24_7_2_cast_fu_390_p1 + acc_2_V_67_cast_fu_852_p1);

assign tmp37_cast_fu_1076_p1 = tmp37_fu_1070_p2;

assign tmp37_fu_1070_p2 = (tmp31_cast_fu_1006_p1 + tmp39_cast_fu_1066_p1);

assign tmp39_cast_fu_1066_p1 = tmp39_fu_1060_p2;

assign tmp39_fu_1060_p2 = (tmp_24_12_1_cast_cast_fu_460_p1 + tmp40_fu_1054_p2);

assign tmp3_fu_734_p2 = (tmp_24_2_2_cast_fu_320_p1 + tmp_24_0_1_cast_fu_292_p1);

assign tmp40_fu_1054_p2 = (tmp_24_14_1_cast_cast_fu_488_p1 + tmp_24_13_cast_cast_fu_470_p1);

assign tmp41_fu_1102_p2 = (tmp42_fu_1086_p2 + tmp43_cast_fu_1098_p1);

assign tmp42_fu_1086_p2 = (tmp_24_7_cast_fu_386_p1 + acc_3_V_67_cast_fu_884_p1);

assign tmp43_cast_fu_1098_p1 = tmp43_fu_1092_p2;

assign tmp43_fu_1092_p2 = (tmp_24_9_3_cast_cast_fu_418_p1 + tmp_24_8_cast_cast_fu_400_p1);

assign tmp44_cast_fu_1140_p1 = tmp44_fu_1134_p2;

assign tmp44_fu_1134_p2 = (tmp45_cast_fu_1114_p1 + tmp46_cast_fu_1130_p1);

assign tmp45_cast_fu_1114_p1 = tmp45_fu_1108_p2;

assign tmp45_fu_1108_p2 = (tmp_24_11_3_cast_cast_fu_446_p1 + tmp_24_10_1_cast_cast_fu_432_p1);

assign tmp46_cast_fu_1130_p1 = tmp46_fu_1124_p2;

assign tmp46_fu_1124_p2 = (tmp_24_12_1_cast_cast_fu_460_p1 + tmp47_fu_1118_p2);

assign tmp47_fu_1118_p2 = (tmp_24_14_cast_cast_fu_484_p1 + tmp_24_13_1_cast_cast_fu_474_p1);

assign tmp48_fu_1156_p2 = (tmp49_fu_1150_p2 + tmp43_cast_fu_1098_p1);

assign tmp49_fu_1150_p2 = (tmp_24_7_2_cast_fu_390_p1 + acc_4_V_67_cast_fu_910_p1);

assign tmp4_fu_750_p2 = (tmp_24_2_2_cast_fu_320_p1 + acc_3_V_cast_fu_288_p1);

assign tmp51_cast_fu_1188_p1 = tmp51_fu_1182_p2;

assign tmp51_fu_1182_p2 = (tmp52_cast_fu_1168_p1 + tmp53_cast_fu_1178_p1);

assign tmp52_cast_fu_1168_p1 = tmp52_fu_1162_p2;

assign tmp52_fu_1162_p2 = (tmp_24_11_3_cast_cast_fu_446_p1 + tmp_24_10_cast_cast_fu_428_p1);

assign tmp53_cast_fu_1178_p1 = tmp53_fu_1172_p2;

assign tmp53_fu_1172_p2 = (tmp_24_12_cast_cast_fu_456_p1 + tmp40_fu_1054_p2);

assign tmp55_fu_1584_p2 = (tmp56_fu_1562_p2 + tmp59_cast_fu_1580_p1);

assign tmp56_fu_1562_p2 = (tmp57_fu_1553_p2 + tmp58_cast_fu_1559_p1);

assign tmp57_fu_1553_p2 = (tmp_24_15_cast_fu_1519_p1 + tmp_32_14_cast_fu_1538_p1);

assign tmp58_cast_fu_1559_p1 = tmp58_reg_1939;

assign tmp58_fu_1198_p2 = (tmp_24_17_cast_cast_fu_512_p1 + tmp_24_16_cast_cast_fu_492_p1);

assign tmp59_cast_fu_1580_p1 = tmp59_fu_1574_p2;

assign tmp59_fu_1574_p2 = (tmp60_cast_fu_1568_p1 + tmp61_cast_fu_1571_p1);

assign tmp5_fu_766_p2 = (tmp_24_3_cast_fu_330_p1 + tmp_32_2_cast_fu_714_p1);

assign tmp60_cast_fu_1568_p1 = tmp60_reg_1944;

assign tmp60_fu_1204_p2 = (tmp_24_19_cast_cast_fu_540_p1 + tmp_24_18_cast_cast_fu_520_p1);

assign tmp61_cast_fu_1571_p1 = tmp61_reg_1949;

assign tmp61_fu_1210_p2 = (tmp_24_21_cast_cast_fu_568_p1 + tmp_24_20_cast_cast_fu_548_p1);

assign tmp62_cast_fu_1590_p1 = tmp62_reg_1954;

assign tmp62_fu_1282_p2 = (tmp63_cast_fu_1242_p1 + tmp66_cast_fu_1278_p1);

assign tmp63_cast_fu_1242_p1 = tmp63_fu_1236_p2;

assign tmp63_fu_1236_p2 = (tmp64_cast_fu_1222_p1 + tmp65_cast_fu_1232_p1);

assign tmp64_cast_fu_1222_p1 = tmp64_fu_1216_p2;

assign tmp64_fu_1216_p2 = (tmp_24_23_cast_cast_fu_590_p1 + tmp_24_22_cast_cast_fu_576_p1);

assign tmp65_cast_fu_1232_p1 = tmp65_fu_1226_p2;

assign tmp65_fu_1226_p2 = (tmp_24_25_cast_cast_fu_624_p1 + tmp_24_24_cast_cast_fu_604_p1);

assign tmp66_cast_fu_1278_p1 = tmp66_fu_1272_p2;

assign tmp66_fu_1272_p2 = (tmp67_cast_fu_1252_p1 + tmp68_cast_fu_1268_p1);

assign tmp67_cast_fu_1252_p1 = tmp67_fu_1246_p2;

assign tmp67_fu_1246_p2 = (tmp_24_27_cast_cast_fu_652_p1 + tmp_24_26_cast_cast_fu_632_p1);

assign tmp68_cast_fu_1268_p1 = tmp68_fu_1262_p2;

assign tmp68_fu_1262_p2 = (tmp_24_28_cast_cast_fu_666_p1 + tmp69_fu_1256_p2);

assign tmp69_fu_1256_p2 = (tmp_24_30_cast_cast_fu_688_p1 + tmp_24_29_cast_cast_fu_674_p1);

assign tmp6_cast_fu_784_p1 = tmp6_fu_778_p2;

assign tmp6_fu_778_p2 = (tmp_24_4_cast_cast_fu_338_p1 + tmp7_fu_772_p2);

assign tmp70_fu_1631_p2 = (tmp71_fu_1612_p2 + tmp74_cast_fu_1627_p1);

assign tmp71_fu_1612_p2 = (tmp72_fu_1603_p2 + tmp73_cast_fu_1609_p1);

assign tmp72_fu_1603_p2 = (tmp_24_15_1_cast_fu_1523_p1 + acc_1_V_73_cast_fu_1541_p1);

assign tmp73_cast_fu_1609_p1 = tmp73_reg_1959;

assign tmp73_fu_1288_p2 = (tmp_24_17_1_cast_cast_fu_516_p1 + tmp_24_16_1_cast_cast_fu_502_p1);

assign tmp74_cast_fu_1627_p1 = tmp74_fu_1621_p2;

assign tmp74_fu_1621_p2 = (tmp75_cast_fu_1618_p1 + tmp61_cast_fu_1571_p1);

assign tmp75_cast_fu_1618_p1 = tmp75_reg_1964;

assign tmp75_fu_1294_p2 = (tmp_24_19_1_cast_cast_fu_544_p1 + tmp_24_18_1_cast_cast_fu_530_p1);

assign tmp77_cast_fu_1637_p1 = tmp77_reg_1969;

assign tmp77_fu_1366_p2 = (tmp78_cast_fu_1326_p1 + tmp81_cast_fu_1362_p1);

assign tmp78_cast_fu_1326_p1 = tmp78_fu_1320_p2;

assign tmp78_fu_1320_p2 = (tmp79_cast_fu_1306_p1 + tmp80_cast_fu_1316_p1);

assign tmp79_cast_fu_1306_p1 = tmp79_fu_1300_p2;

assign tmp79_fu_1300_p2 = (tmp_24_23_1_cast_cast_fu_600_p1 + tmp_24_22_1_cast_cast_fu_586_p1);

assign tmp7_fu_772_p2 = (tmp_24_6_cast_cast_fu_372_p1 + tmp_24_5_cast_cast_fu_352_p1);

assign tmp80_cast_fu_1316_p1 = tmp80_fu_1310_p2;

assign tmp80_fu_1310_p2 = (tmp_24_25_cast_cast_fu_624_p1 + tmp_24_24_1_cast_cast_fu_614_p1);

assign tmp81_cast_fu_1362_p1 = tmp81_fu_1356_p2;

assign tmp81_fu_1356_p2 = (tmp82_cast_fu_1336_p1 + tmp83_cast_fu_1352_p1);

assign tmp82_cast_fu_1336_p1 = tmp82_fu_1330_p2;

assign tmp82_fu_1330_p2 = (tmp_24_27_1_cast_cast_fu_656_p1 + tmp_24_26_cast_cast_fu_632_p1);

assign tmp83_cast_fu_1352_p1 = tmp83_fu_1346_p2;

assign tmp83_fu_1346_p2 = (tmp_24_28_cast_cast_fu_666_p1 + tmp84_fu_1340_p2);

assign tmp84_fu_1340_p2 = (tmp_24_30_cast_cast_fu_688_p1 + tmp_24_29_1_cast_cast_fu_684_p1);

assign tmp85_fu_1678_p2 = (tmp86_fu_1656_p2 + tmp89_cast_fu_1674_p1);

assign tmp86_fu_1656_p2 = (tmp87_fu_1650_p2 + tmp58_cast_fu_1559_p1);

assign tmp87_fu_1650_p2 = (tmp_24_15_cast_fu_1519_p1 + acc_2_V_75_cast_fu_1544_p1);

assign tmp89_cast_fu_1674_p1 = tmp89_fu_1668_p2;

assign tmp89_fu_1668_p2 = (tmp90_cast_fu_1662_p1 + tmp91_cast_fu_1665_p1);

assign tmp8_fu_798_p2 = (tmp_24_3_cast_fu_330_p1 + acc_1_V_92_cast_fu_730_p1);

assign tmp90_cast_fu_1662_p1 = tmp90_reg_1974;

assign tmp90_fu_1372_p2 = (tmp_24_19_cast_cast_fu_540_p1 + tmp_24_18_1_cast_cast_fu_530_p1);

assign tmp91_cast_fu_1665_p1 = tmp91_reg_1979;

assign tmp91_fu_1378_p2 = (tmp_24_21_2_cast_cast_fu_572_p1 + tmp_24_20_2_cast_cast_fu_558_p1);

assign tmp92_cast_fu_1684_p1 = tmp92_reg_1984;

assign tmp92_fu_1440_p2 = (tmp93_cast_fu_1400_p1 + tmp96_cast_fu_1436_p1);

assign tmp93_cast_fu_1400_p1 = tmp93_fu_1394_p2;

assign tmp93_fu_1394_p2 = (tmp64_cast_fu_1222_p1 + tmp95_cast_fu_1390_p1);

assign tmp95_cast_fu_1390_p1 = tmp95_fu_1384_p2;

assign tmp95_fu_1384_p2 = (tmp_24_25_2_cast_cast_fu_628_p1 + tmp_24_24_1_cast_cast_fu_614_p1);

assign tmp96_cast_fu_1436_p1 = tmp96_fu_1430_p2;

assign tmp96_fu_1430_p2 = (tmp97_cast_fu_1410_p1 + tmp98_cast_fu_1426_p1);

assign tmp97_cast_fu_1410_p1 = tmp97_fu_1404_p2;

assign tmp97_fu_1404_p2 = (tmp_24_27_1_cast_cast_fu_656_p1 + tmp_24_26_2_cast_cast_fu_642_p1);

assign tmp98_cast_fu_1426_p1 = tmp98_fu_1420_p2;

assign tmp98_fu_1420_p2 = (tmp_24_28_2_cast_cast_fu_670_p1 + tmp99_fu_1414_p2);

assign tmp99_fu_1414_p2 = (tmp_24_30_2_cast_cast_fu_698_p1 + tmp_24_29_1_cast_cast_fu_684_p1);

assign tmp9_cast_fu_810_p1 = tmp9_fu_804_p2;

assign tmp9_fu_804_p2 = (tmp_24_4_1_cast_cast_fu_348_p1 + tmp7_fu_772_p2);

assign tmp_24_0_1_cast_fu_292_p1 = data_0_V_read;

assign tmp_24_10_1_cast_cast_fu_432_p1 = data_10_V_read;

assign tmp_24_10_cast_cast_fu_428_p1 = val_assign_10_fu_422_p2;

assign tmp_24_11_3_cast_cast_fu_446_p1 = data_11_V_read;

assign tmp_24_11_cast_cast_fu_442_p1 = val_assign_11_fu_436_p2;

assign tmp_24_12_1_cast_cast_fu_460_p1 = data_12_V_read;

assign tmp_24_12_cast_cast_fu_456_p1 = val_assign_12_fu_450_p2;

assign tmp_24_13_1_cast_cast_fu_474_p1 = data_13_V_read;

assign tmp_24_13_cast_cast_fu_470_p1 = val_assign_13_fu_464_p2;

assign tmp_24_14_1_cast_cast_fu_488_p1 = data_14_V_read;

assign tmp_24_14_cast_cast_fu_484_p1 = val_assign_14_fu_478_p2;

assign tmp_24_15_1_cast_fu_1523_p1 = data_15_V_read_2_reg_1908;

assign tmp_24_15_cast_fu_1519_p1 = val_assign_15_fu_1514_p2;

assign tmp_24_16_1_cast_cast_fu_502_p1 = val_assign_16_1_fu_496_p2;

assign tmp_24_16_cast_cast_fu_492_p1 = data_16_V_read;

assign tmp_24_17_1_cast_cast_fu_516_p1 = data_17_V_read;

assign tmp_24_17_cast_cast_fu_512_p1 = val_assign_17_fu_506_p2;

assign tmp_24_18_1_cast_cast_fu_530_p1 = val_assign_18_1_fu_524_p2;

assign tmp_24_18_cast_cast_fu_520_p1 = data_18_V_read;

assign tmp_24_19_1_cast_cast_fu_544_p1 = data_19_V_read;

assign tmp_24_19_cast_cast_fu_540_p1 = val_assign_19_fu_534_p2;

assign tmp_24_1_2_cast_fu_306_p1 = val_assign_1_2_fu_300_p2;

assign tmp_24_1_cast_fu_296_p1 = data_1_V_read;

assign tmp_24_20_2_cast_cast_fu_558_p1 = val_assign_20_2_fu_552_p2;

assign tmp_24_20_cast_cast_fu_548_p1 = data_20_V_read;

assign tmp_24_21_2_cast_cast_fu_572_p1 = data_21_V_read;

assign tmp_24_21_cast_cast_fu_568_p1 = val_assign_21_fu_562_p2;

assign tmp_24_22_1_cast_cast_fu_586_p1 = val_assign_22_1_fu_580_p2;

assign tmp_24_22_cast_cast_fu_576_p1 = data_22_V_read;

assign tmp_24_23_1_cast_cast_fu_600_p1 = val_assign_23_1_fu_594_p2;

assign tmp_24_23_cast_cast_fu_590_p1 = data_23_V_read;

assign tmp_24_24_1_cast_cast_fu_614_p1 = val_assign_24_1_fu_608_p2;

assign tmp_24_24_cast_cast_fu_604_p1 = data_24_V_read;

assign tmp_24_25_2_cast_cast_fu_628_p1 = data_25_V_read;

assign tmp_24_25_cast_cast_fu_624_p1 = val_assign_25_fu_618_p2;

assign tmp_24_26_2_cast_cast_fu_642_p1 = val_assign_26_2_fu_636_p2;

assign tmp_24_26_cast_cast_fu_632_p1 = data_26_V_read;

assign tmp_24_27_1_cast_cast_fu_656_p1 = data_27_V_read;

assign tmp_24_27_cast_cast_fu_652_p1 = val_assign_27_fu_646_p2;

assign tmp_24_28_2_cast_cast_fu_670_p1 = data_28_V_read;

assign tmp_24_28_cast_cast_fu_666_p1 = val_assign_28_fu_660_p2;

assign tmp_24_29_1_cast_cast_fu_684_p1 = val_assign_29_1_fu_678_p2;

assign tmp_24_29_cast_cast_fu_674_p1 = data_29_V_read;

assign tmp_24_2_2_cast_fu_320_p1 = val_assign_2_2_fu_314_p2;

assign tmp_24_2_cast_fu_310_p1 = data_2_V_read;

assign tmp_24_30_2_cast_cast_fu_698_p1 = val_assign_30_2_fu_692_p2;

assign tmp_24_30_cast_cast_fu_688_p1 = data_30_V_read;

assign tmp_24_31_3_cast_fu_1534_p1 = val_assign_31_3_fu_1529_p2;

assign tmp_24_31_cast_fu_1526_p1 = data_31_V_read_2_reg_1902;

assign tmp_24_3_2_cast_fu_334_p1 = data_3_V_read;

assign tmp_24_3_cast_fu_330_p1 = val_assign_3_fu_324_p2;

assign tmp_24_4_1_cast_cast_fu_348_p1 = val_assign_4_1_fu_342_p2;

assign tmp_24_4_cast_cast_fu_338_p1 = data_4_V_read;

assign tmp_24_5_3_cast_cast_fu_362_p1 = val_assign_5_3_fu_356_p2;

assign tmp_24_5_cast_cast_fu_352_p1 = data_5_V_read;

assign tmp_24_6_2_cast_cast_fu_376_p1 = data_6_V_read;

assign tmp_24_6_cast_cast_fu_372_p1 = val_assign_6_fu_366_p2;

assign tmp_24_7_2_cast_fu_390_p1 = data_7_V_read;

assign tmp_24_7_cast_fu_386_p1 = val_assign_7_fu_380_p2;

assign tmp_24_8_1_cast_cast_fu_404_p1 = data_8_V_read;

assign tmp_24_8_cast_cast_fu_400_p1 = val_assign_8_fu_394_p2;

assign tmp_24_9_3_cast_cast_fu_418_p1 = val_assign_9_3_fu_412_p2;

assign tmp_24_9_cast_cast_fu_408_p1 = data_9_V_read;

assign tmp_32_14_cast_fu_1538_p1 = tmp_32_s_reg_1914;

assign tmp_32_1_fu_1593_p2 = (tmp55_fu_1584_p2 + tmp62_cast_fu_1590_p1);

assign tmp_32_2_cast_fu_714_p1 = tmp_32_2_fu_708_p2;

assign tmp_32_2_fu_708_p2 = (tmp_24_1_cast_fu_296_p1 + tmp1_fu_702_p2);

assign tmp_32_30_cast_fu_1599_p1 = tmp_32_1_fu_1593_p2;

assign tmp_32_3_fu_1772_p2 = (tmp_24_31_cast_fu_1526_p1 + tmp_32_30_cast_fu_1599_p1);

assign tmp_32_6_cast_fu_794_p1 = tmp_32_6_fu_788_p2;

assign tmp_32_6_fu_788_p2 = (tmp5_fu_766_p2 + tmp6_cast_fu_784_p1);

assign tmp_32_s_fu_972_p2 = (tmp20_fu_930_p2 + tmp23_cast_fu_968_p1);

assign tmp_i1_fu_1816_p3 = {{acc_1_V_16_fu_1778_p2}, {1'd0}};

assign tmp_i3_fu_1830_p3 = {{acc_2_V_14_fu_1784_p2}, {1'd0}};

assign tmp_i5_fu_1844_p3 = {{acc_3_V_15_fu_1790_p2}, {1'd0}};

assign tmp_i7_fu_1858_p3 = {{acc_4_V_10_fu_1796_p2}, {1'd0}};

assign tmp_i_fu_1802_p3 = {{tmp_32_3_fu_1772_p2}, {1'd0}};

assign val_assign_10_fu_422_p2 = (data_10_V_read ^ 1'd1);

assign val_assign_11_fu_436_p2 = (data_11_V_read ^ 1'd1);

assign val_assign_12_fu_450_p2 = (data_12_V_read ^ 1'd1);

assign val_assign_13_fu_464_p2 = (data_13_V_read ^ 1'd1);

assign val_assign_14_fu_478_p2 = (data_14_V_read ^ 1'd1);

assign val_assign_15_fu_1514_p2 = (data_15_V_read_2_reg_1908 ^ 1'd1);

assign val_assign_16_1_fu_496_p2 = (data_16_V_read ^ 1'd1);

assign val_assign_17_fu_506_p2 = (data_17_V_read ^ 1'd1);

assign val_assign_18_1_fu_524_p2 = (data_18_V_read ^ 1'd1);

assign val_assign_19_fu_534_p2 = (data_19_V_read ^ 1'd1);

assign val_assign_1_2_fu_300_p2 = (data_1_V_read ^ 1'd1);

assign val_assign_20_2_fu_552_p2 = (data_20_V_read ^ 1'd1);

assign val_assign_21_fu_562_p2 = (data_21_V_read ^ 1'd1);

assign val_assign_22_1_fu_580_p2 = (data_22_V_read ^ 1'd1);

assign val_assign_23_1_fu_594_p2 = (data_23_V_read ^ 1'd1);

assign val_assign_24_1_fu_608_p2 = (data_24_V_read ^ 1'd1);

assign val_assign_25_fu_618_p2 = (data_25_V_read ^ 1'd1);

assign val_assign_26_2_fu_636_p2 = (data_26_V_read ^ 1'd1);

assign val_assign_27_fu_646_p2 = (data_27_V_read ^ 1'd1);

assign val_assign_28_fu_660_p2 = (data_28_V_read ^ 1'd1);

assign val_assign_29_1_fu_678_p2 = (data_29_V_read ^ 1'd1);

assign val_assign_2_2_fu_314_p2 = (data_2_V_read ^ 1'd1);

assign val_assign_30_2_fu_692_p2 = (data_30_V_read ^ 1'd1);

assign val_assign_31_3_fu_1529_p2 = (data_31_V_read_2_reg_1902 ^ 1'd1);

assign val_assign_3_fu_324_p2 = (data_3_V_read ^ 1'd1);

assign val_assign_4_1_fu_342_p2 = (data_4_V_read ^ 1'd1);

assign val_assign_5_3_fu_356_p2 = (data_5_V_read ^ 1'd1);

assign val_assign_6_fu_366_p2 = (data_6_V_read ^ 1'd1);

assign val_assign_7_fu_380_p2 = (data_7_V_read ^ 1'd1);

assign val_assign_8_fu_394_p2 = (data_8_V_read ^ 1'd1);

assign val_assign_9_3_fu_412_p2 = (data_9_V_read ^ 1'd1);

assign val_assign_fu_282_p2 = (data_0_V_read ^ 1'd1);

endmodule //dense_wrapper_ap_uint_1_ap_int_7_config14_s